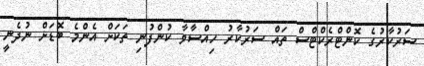
ސަރުކާރުގެ ކޮންޓްރެކްޓްްސް ތައް ސަރުކާރު ހިއްސާވާ ކުންފުނި ތަކަށް އެންމެ ބޮޑަށް ނުދެނީ